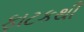
ફાટકથી